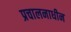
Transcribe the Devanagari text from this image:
प्रचालनाधीन